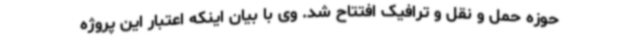
حوزه حمل و نقل و ترافیک افتتاح شد. وی با بیان اینکه اعتبار این پروژه